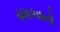
ચમકવાનો